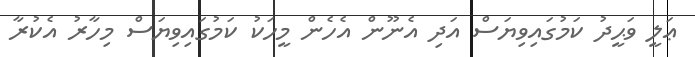
ޢަލީ ވަޙީދު ކަމުގައިވިޔަސް އަދި އެނޫން އެހެން މީހަކު ކަމުގައިވިޔަސް މިހާރު އެކުރާ